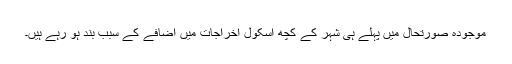
موجودہ صورتحال میں پہلے ہی شہر کے کچھ اسکول اخراجات میں اضافے کے سبب بند ہو رہے ہیں۔